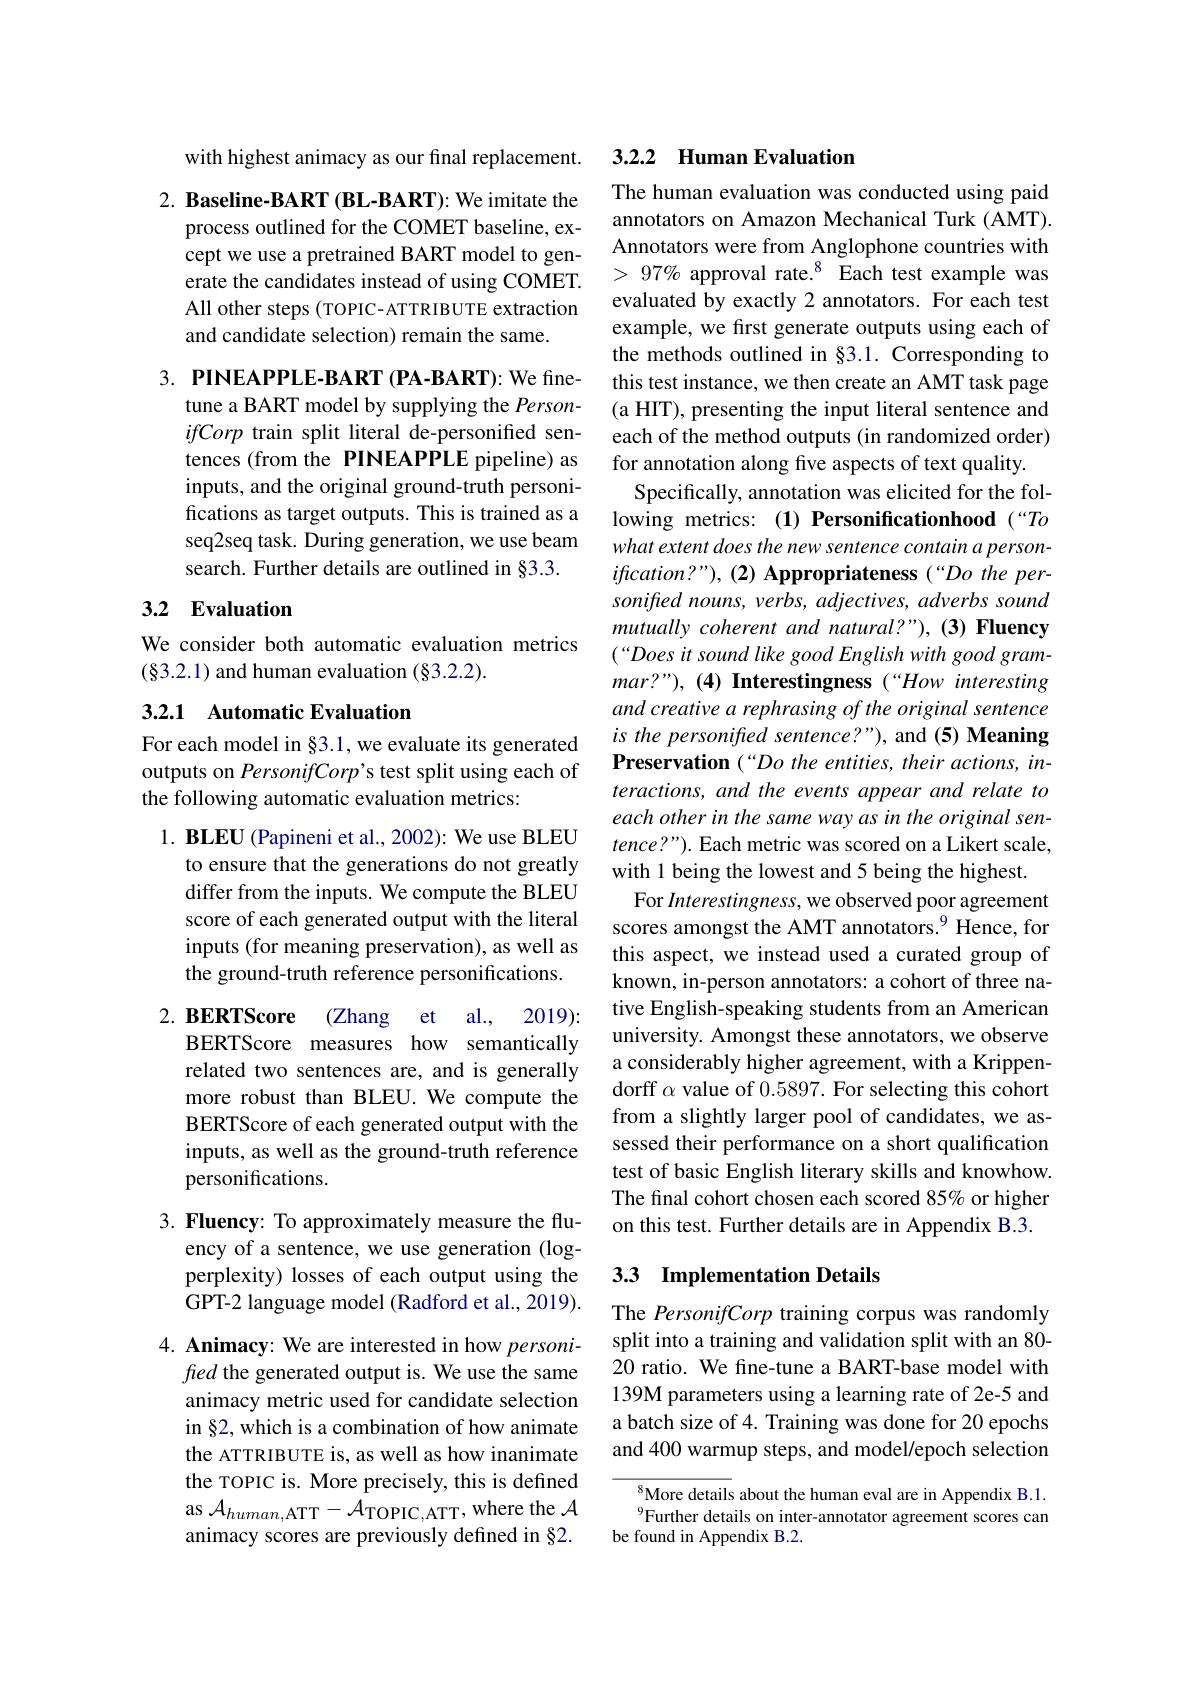
with highest animacy as our final replacement.

$2. \textbf{ Baseline- BART( BL- BART) : We imitate the}$
process outlined for the COMET baseline, except we use a pretrained BART model to generate the candidates instead of using COMET. All other steps (TOPIC-ATTRIBUTE extraction and candidate selection) remain the same.

3. PINEAPPLE-BART (PA-BART): We fine-
tune a BART model by supplying the PersonifCorp train split literal de-personified sentences (from the PINEAPPLE pipeline) as inputs, and the original ground-truth personifications as target outputs. This is trained as a seq2seq task. During generation, we use beam search. Further details are outlined in §3.3.

## 3.2 Evaluation

We consider both automatic evaluation metrics
$(\S3.2.1)$ and human evaluation $(\S3.2.2).$

### 3.2.1 Automatic Evaluation

For each model in §3.1, we evaluate its generated outputs on PersonifCorp's test split using each of the following automatic evaluation metrics:

$1. \textbf{ BLEU ( Papineni et al. , 2002) : We use BLEU}$
to ensure that the generations do not greatly differ from the inputs. We compute the BLEU score of each generated output with the literal inputs (for meaning preservation), as well as the ground-truth reference personifications.

2. BERTScore (Zhang et al., 2019):
BERTScore measures how semantically related two sentences are, and is generally more robust than BLEU. We compute the BERTScore of each generated output with the inputs, as well as the ground-truth reference personifications.

3. Fluency: To approximately measure the flu-
ency of a sentence, we use generation (logperplexity) losses of each output using the GPT-2 language model (Radford et al., 2019).

4. Animacy: We are interested in how personi-
fred the generated output is. We use the same animacy metric used for candidate selection in §2, which is a combination of how animate the ATTRIBUTE is, as well as how inanimate the TOPIC is. More precisely, this is defined as $\mathcal{A} _human$,ATT$- \mathcal{A} _{\mathrm{TOPIC, ATT}}$,where the $\mathcal{A}$ animacy scores are previously defined in §2.

## 3.2.2 Human Evaluation

The human evaluation was conducted using paid annotators on Amazon Mechanical Turk (AMT). Annotators were from Anglophone countries with $>97\%$ approval rate.$^8$ Each test example was evaluated by exactly 2 annotators. For each test example, we first generate outputs using each of the methods outlined in §3.1. Corresponding to this test instance, we then create an AMT task page (a HIT), presenting the input literal sentence and each of the method outputs (in randomized order) for annotation along five aspects of text quality.
Specifically, annotation was elicited for the following metrics: (1) Personificationhood (“To what extent does the new sentence contain a person- $ification?"),(2)$ Appropriateness(“Do the personifled nouns, verbs, adjectives, adverbs sound mutually coherent and natural?"), (3) Fluency $(“Doesit$ sound like good English with good gram- $mar?”),(4)$ Interestingness (“How interesting and creative a rephrasing of the original sentence is the personified sentence?"), and (5) Meaning Preservation (“Do the entities, their actions, interactions, and the events appear and relate to each other in the same way as in the original sentence?"). Each metric was scored on a Likert scale, with 1 being the lowest and 5 being the highest.
For Interestingness, we observed poor agreement scores amongst the AMT annotators.$^{9}$ Hence, for this aspect, we instead used a curated group of known, in-person annotators: a cohort of three native English-speaking students from an American university. Amongst these annotators, we observe a considerably higher agreement, with a Krippendorff $\alpha$ value of 0.5897. For selecting this cohort from a slightly larger pool of candidates, we assessed their performance on a short qualification test of basic English literary skills and knowhow. The final cohort chosen each scored 85% or higher on this test. Further details are in Appendix B.3.

## 3.3 Implementation Details

The PersonifCorp training corpus was randomly split into a training and validation split with an 80- 20 ratio. We fine-tune a BART-base model with 139M parameters using a learning rate of 2e-5 and a batch size of 4. Training was done for 20 epochs and 400 warmup steps, and model/epoch selection

${^{8}\text{More details}}$ about the human eval are in Appendix B.1. $^{9}$Further details on inter-annotator agreement scores can
be found in Appendix B.2.